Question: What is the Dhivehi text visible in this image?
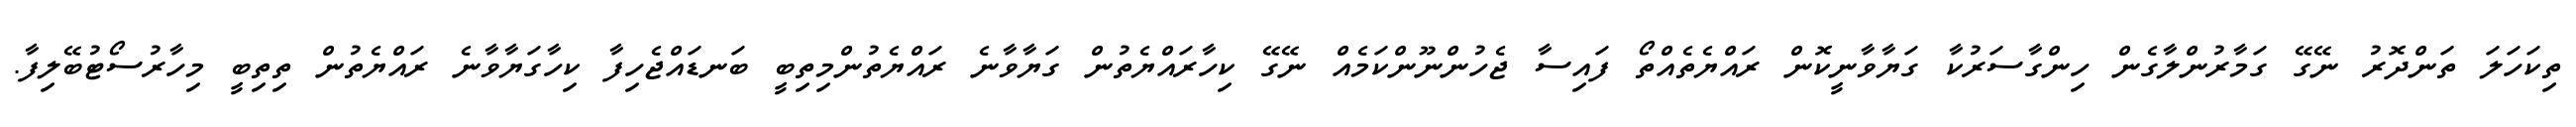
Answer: ތިކަހަލަ ތަންދޮރު ނޭގޭ ގަމާރުންލާގެން ހިންގާސަރުކާ ގަޔާވާނީކޮން ރައްޔެތެއްތޯ ފައިސާ ޖެހުންނޫންކަމެއް ނޭގޭ ކިހާރައްޔެތުން ގަޔާވާނެ ރައްޔެތުންމިތިބީ ބަނޑައްޖެހިފާ ކިހާގަޔާވާނެ ރައްޔެތުން ތިތިބީ މިހާރުސޯޓުބޭލިފާ.